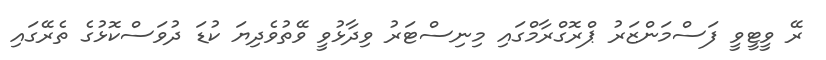
ރޭ ވީޓީވީ ފަސްމަންޒަރު ޕްރޮގްރާމްގައި މިނިސްޓަރު ވިދާޅުވީ ވޭތުވެދިޔަ ކުޑަ ދުވަސްކޮޅުގެ ތެރޭގައި